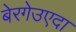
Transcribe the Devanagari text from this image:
बेरगेउएदा